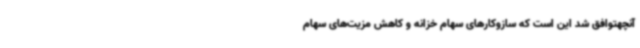
آنچهتوافق شد این است که سازوکارهای سهام خزانه و کاهش مزیت‌های سهام